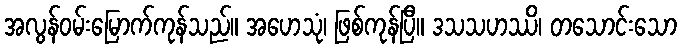
အလွန်ဝမ်းမြောက်ကုန်သည်။ အဟေသုံ၊ ဖြစ်ကုန်ပြီ။ ဒသသဟဿိ၊ တသောင်းသော